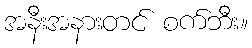
အနီးအနားတင် စက်ဘီး။